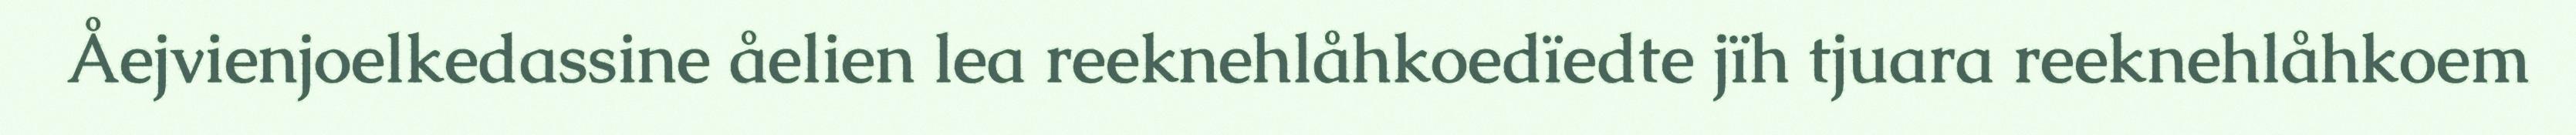
Åejvienjoelkedassine åelien lea reeknehlåhkoedïedte jïh tjuara reeknehlåhkoem